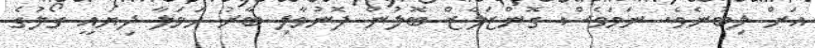
އަށް ލިބުނެވެ. ނަމަވެސް ގޮންޒަލެޒް ބޮލުން ފޮނުވާލި ބާރު ހަމަލާ ދިޔައީ ގޯލުގެ